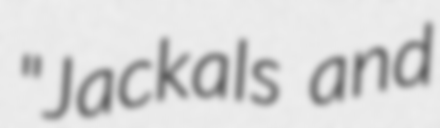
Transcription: "Jackals and